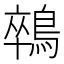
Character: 𪁽